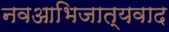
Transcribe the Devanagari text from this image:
नवआभिजात्यवाद